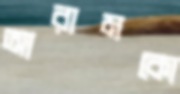
আরামকো